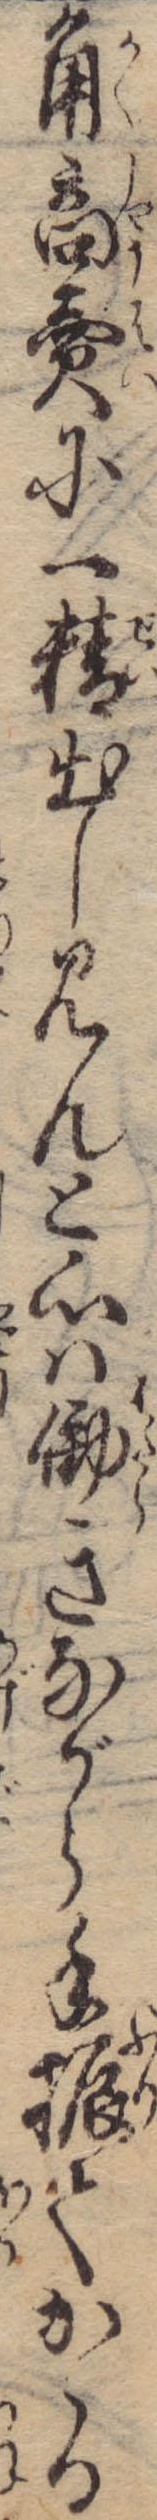
角商売に一精出し見んと心は働きながら手振てかゝる